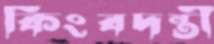
কিংবদন্তী